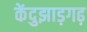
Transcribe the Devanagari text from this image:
केंदुझाड़गढ़